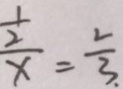
\frac { \frac { 1 } { 2 } } { x } = \frac { 2 } { 3 . }